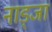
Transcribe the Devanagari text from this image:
नाड्जा